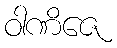
ဝါဏိဇေ